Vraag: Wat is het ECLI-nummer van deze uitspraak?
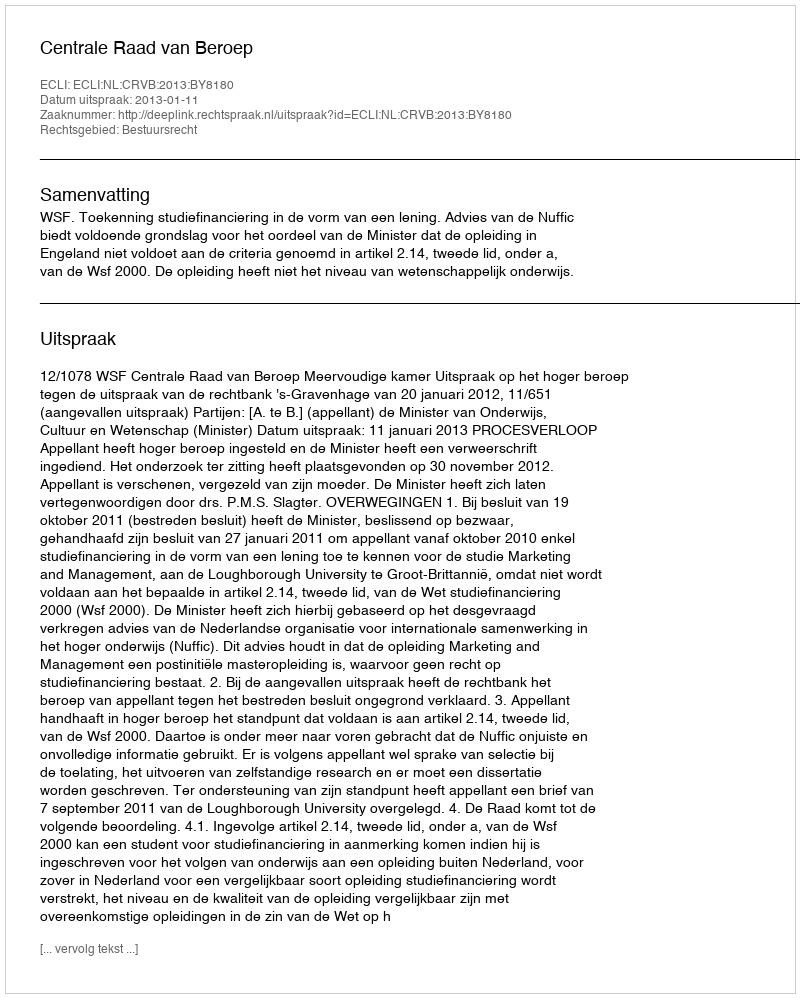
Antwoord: ECLI:NL:CRVB:2013:BY8180